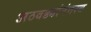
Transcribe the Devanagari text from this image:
अठवड्यांनंतरच